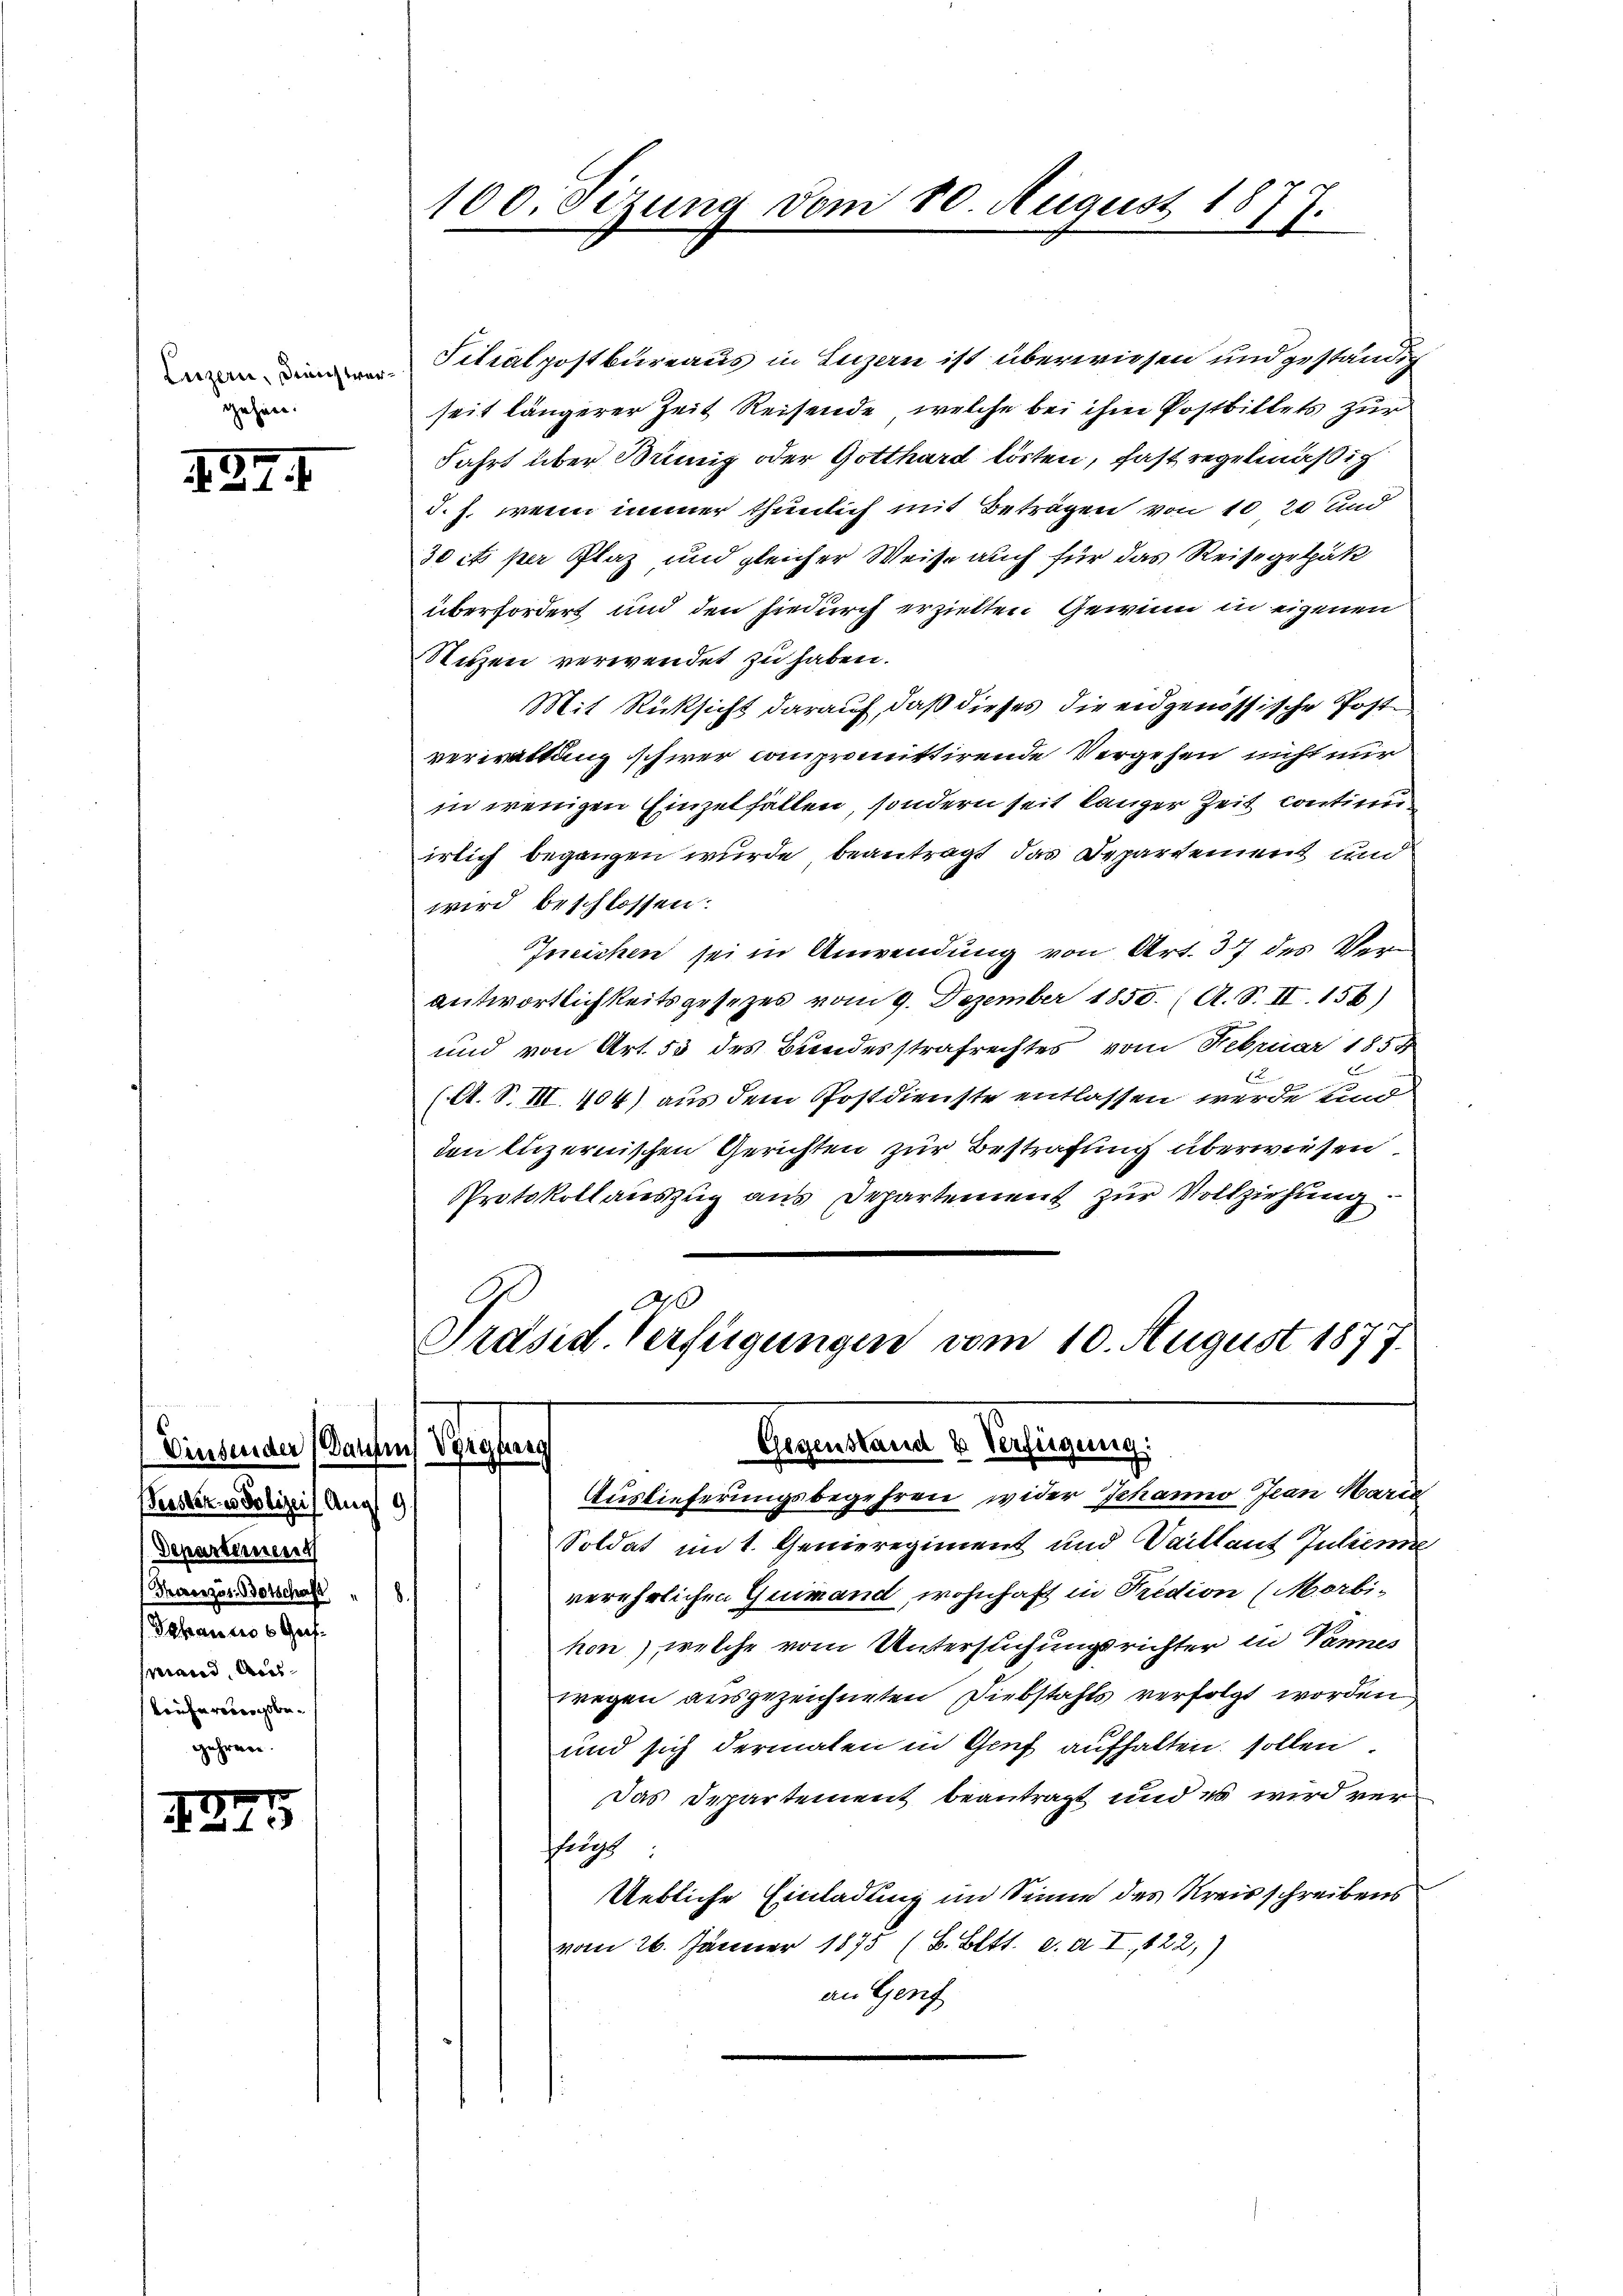
Luzern, Dienstvergehen.

497. 1

Vinsender Bauten Vorgang
Departement
(Therenzsor Botschaft
Johannes Gesmand Aus¬
Kreharreichsbe¬

179

Verster es Polizei Aug 9

e

Filialpostbureaus in Luzern ist überwiesen und geständig
seit längerer Zeit Reisende, welche bei ihm Postbillets zur
Fahrt über Benig oder Gotthard lösten, fast regelmäßig
d.J. wenn immer thunlich mit Beträgen von 10 20 und
30 et per Plaz und gleicher Weise auch für das Reisegelpäk
überfordert und den hiedurch erzielten Gewinn in eigenen
Nutzen verwendet zu haben.
Mit Rücksicht darauf, daß dieses die eidgenössische Postverwaltung schwer compromittirende Vergehen nicht nur
in wenigen Einzelfallen, sondern seit langer Zeit contini
irlich begangen wurde, beantragt, das Departement und
wird beschlossen:
Ineichen sei in Anwendung von Art. 37 des Verantwortlichkeitsgesezes vom 9. Dezember 1855. (A. S. II. 156)
und von Art. 55 des Bundesstrafrechtes vom Februar 1854
x
(A. S. III. 404) aus dem Postdienste entlassen werde und
ton luzernischen Gerichten zur Bestrafung überwiesen.
Protokollauszug aus Departement zur Vollziehung
G
d
Präsid. Verfügungen vom 10. August 1877.

100. Sizung vom 10. August 1877.

Gegenstand & Verfügung.
Auslieferungsbegehren wider Schanno Jean Marie

Soldat mit. Genieregiment und Vaillant Julieni
verehrlichen Guimand wohnhaft in Predion (Morbi-
hon), welche vom Untersuchungsrichter in Vannes
fregen ausgezeichneten Diebstahls verfolgt worden
und sich dermalen in Genf aufhalten sollen
Das Departement beantragt und es wird verchelich
Uebliche Einladung im Sinne des Kreisschreibens
vom 26. Jänner 1875 (B. Bett. c. d. I, 822)
an Genf